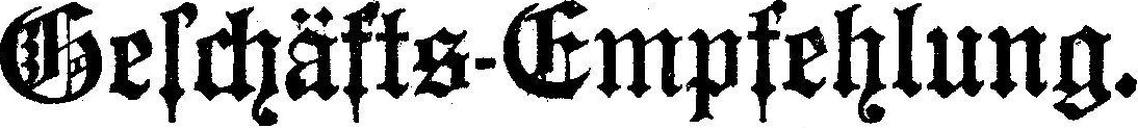
Geschäfts-Empfehlung.